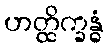
ဟတ္ထိက္ခန္ဓံ